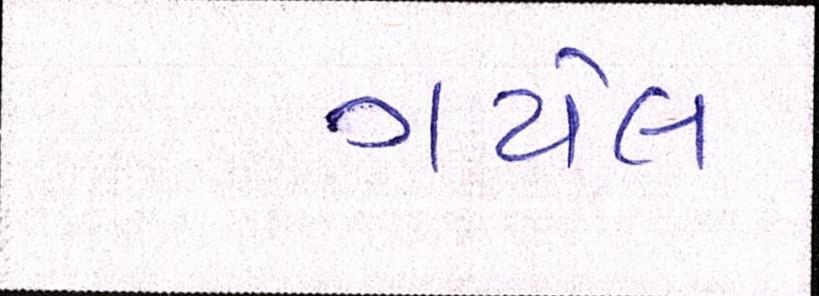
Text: ગયેલ